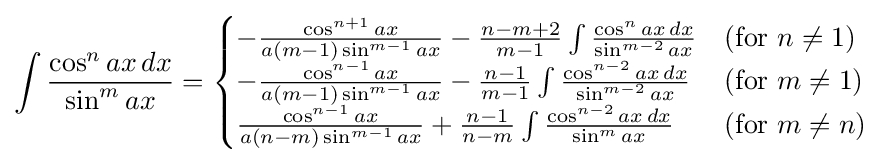
\int {\frac {\cos ^{n}ax\,dx}{\sin ^{m}ax}}={\begin{cases}-{\frac {\cos ^{n+1}ax}{a(m-1)\sin ^{m-1}ax}}-{\frac {n-m+2}{m-1}}\int {\frac {\cos ^{n}ax\,dx}{\sin ^{m-2}ax}}&{\mbox{(for }}n\neq 1{\mbox{)}}\\-{\frac {\cos ^{n-1}ax}{a(m-1)\sin ^{m-1}ax}}-{\frac {n-1}{m-1}}\int {\frac {\cos ^{n-2}ax\,dx}{\sin ^{m-2}ax}}&{\mbox{(for }}m\neq 1{\mbox{)}}\\{\frac {\cos ^{n-1}ax}{a(n-m)\sin ^{m-1}ax}}+{\frac {n-1}{n-m}}\int {\frac {\cos ^{n-2}ax\,dx}{\sin ^{m}ax}}&{\mbox{(for }}m\neq n{\mbox{)}}\end{cases}}